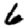
Digit: 6